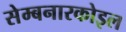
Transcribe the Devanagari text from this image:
सेम्बनारकोइल